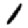
Digit: 1